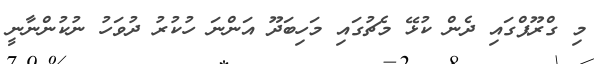
މި ގްރޫޕްގައި ދެން ކުޅޭ މެޗުގައި މަހިބަދޫ އަންނަ ހުކުރު ދުވަހު ނުކުންނާނީ